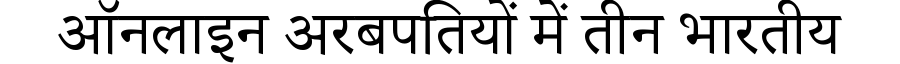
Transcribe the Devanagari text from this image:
ऑनलाइन अरबपतियों में तीन भारतीय